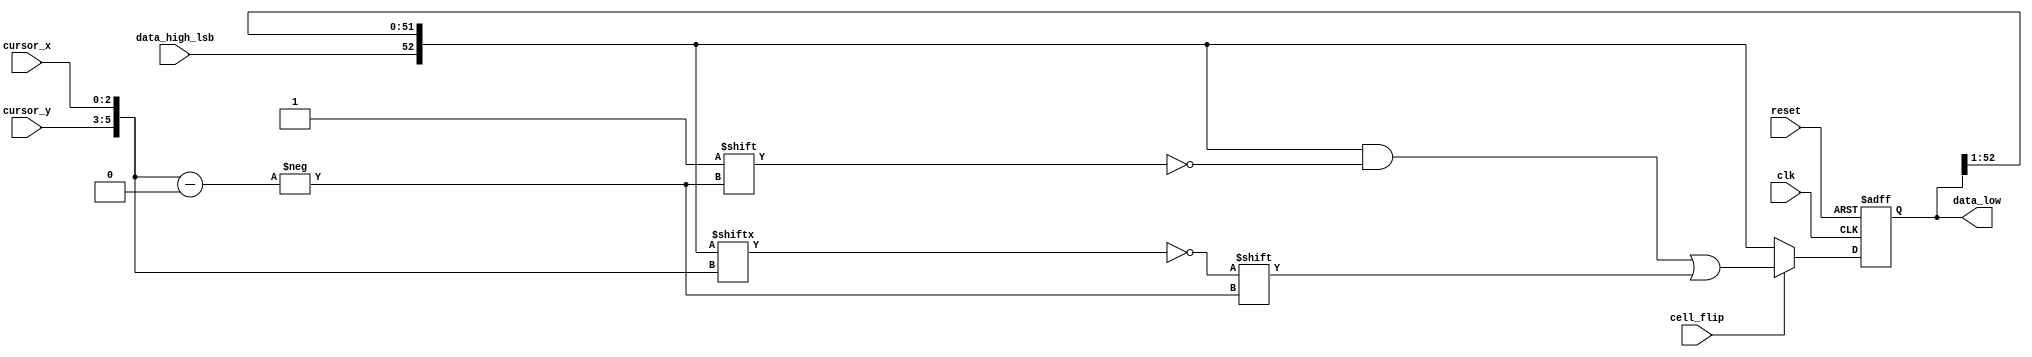
`timescale 1ns / 1ps
//////////////////////////////////////////////////////////////////////////////////
// Company: 
// Engineer: 
// 
// Design Name: 
// Module Name:    life_data_low
// Project Name: 
// Target Devices: 
// Tool versions: 
// Description: 
//
// Dependencies: 
//
// Revision: 
// Revision 0.01 - File Created
// Additional Comments: 
//
//////////////////////////////////////////////////////////////////////////////////

module life_data_low #
(
	parameter X=8,
	parameter Y=8,
	parameter HIGH_BITS=(X+3), // minimum value
	parameter LOG2X=3,
	parameter LOG2Y=3
) (
	input clk,
	input reset,
	input data_high_lsb,
	input cell_flip,
	input [LOG2X-1:0]cursor_x,
	input [LOG2Y-1:0]cursor_y,
	output reg [(X*Y-HIGH_BITS-1):0]data_low
);

reg [(X*Y-HIGH_BITS-1):0]data_low_next;

always @(*)
begin
	
   // data = (data >> 1) | ((data & 1) << (X*Y-1));
   // data = data & ~(1LL << ((Y-1)*X-3)) | (pipe_out  ? (1LL << ((Y-1)*X-3)) : 0);

	// First rotate left
	data_low_next = {data_high_lsb, data_low[(X*Y-HIGH_BITS-1):1]};
	if (cell_flip)
		data_low_next[{cursor_y, cursor_x}] = !data_low_next[{cursor_y, cursor_x}];
end

always @(posedge clk, negedge reset)
begin
	if (~reset)
		data_low <= {(X*Y-HIGH_BITS){1'b0}};
	else
		data_low <= data_low_next;
end

endmodule